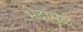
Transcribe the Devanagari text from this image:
भेदांमुळे